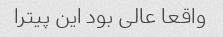
واقعا عالی بود این پیترا